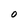
Character: O